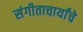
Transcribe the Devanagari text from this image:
संगीताचार्यांचे